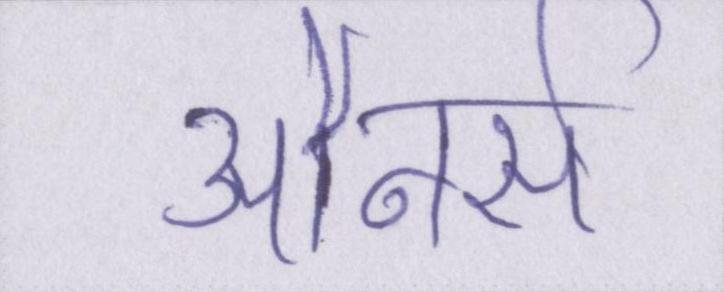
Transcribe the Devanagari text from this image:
ओनर्स